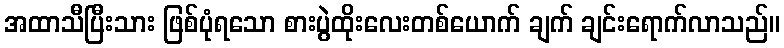
အထာသီပြီးသား ဖြစ်ပုံရသော စားပွဲထိုးလေးတစ်ယောက် ချက် ချင်းရောက်လာသည်။